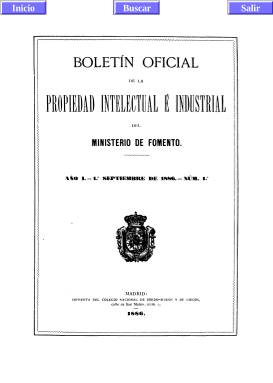
Título: Boletín oficial de la propiedad intelectual e industrial
Otros títulos: Boletín oficial de la propiedad intelectual e industrial del Ministerio de Fomento || Boletín oficial de industria, comercio y trabajo de la propiedad intelectual e industrial y de estadística y mercados || Boletín oficial de la propiedad industrial, estadística y demás servicios industriales y del trabajo
Colección: Industria
Ámbito geográfico: Madrid
Lugar de publicación: Madrid
Fechas: 01/01/1886-16/12/1905

Imágenes procedentes de la edición en CD-ROM, con signaturas REVdig/378<1>-REVdig/378<3> en la BNE.

En varios años se incluye un ejemplar independiente que contiene los índices.